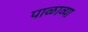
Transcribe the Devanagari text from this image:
पाळाव्या